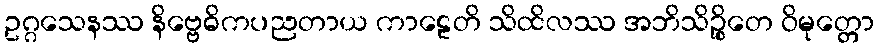
ဥဂ္ဂသေနဿ နိဗ္ဗေဓိကပညတာယ ကာဠေတိ သိထိလဿ အဘိသိဉ္စိတေ ဝိမုတ္တော